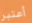
أعتبر